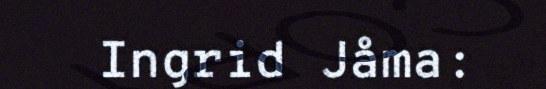
Ingrid Jåma: